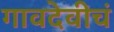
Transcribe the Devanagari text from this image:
गावदेवीचं